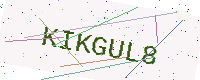
Text: KIKGUL8